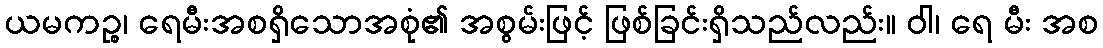
ယမကဉ္စ၊ ရေမီးအစရှိသောအစုံ၏ အစွမ်းဖြင့် ဖြစ်ခြင်းရှိသည်လည်း။ ဝါ၊ ရေ မီး အစ